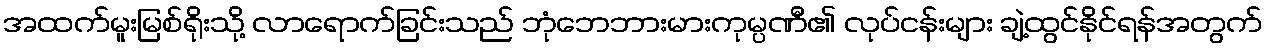
အထက်မူးမြစ်ရိုးသို့ လာရောက်ခြင်းသည် ဘုံဘေဘားမားကုမ္ပဏီ၏ လုပ်ငန်းများ ချဲ့ထွင်နိုင်ရန်အတွက်